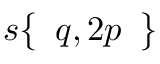
s { \left\{ \begin{array} { l } { q , 2 p } \end{array} \right\} }